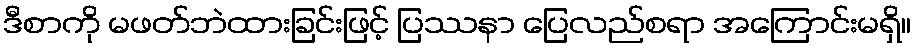
ဒီစာကို မဖတ်ဘဲထားခြင်းဖြင့် ပြဿနာ ပြေလည်စရာ အကြောင်းမရှိ။